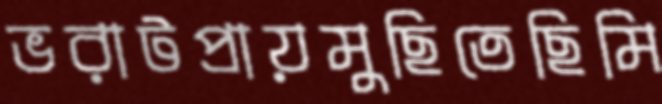
ভরাটপ্রায়মুছিতেছিমি